Preliminary report on the development of the Leishman-Donovan body in the bed bug - Number 27
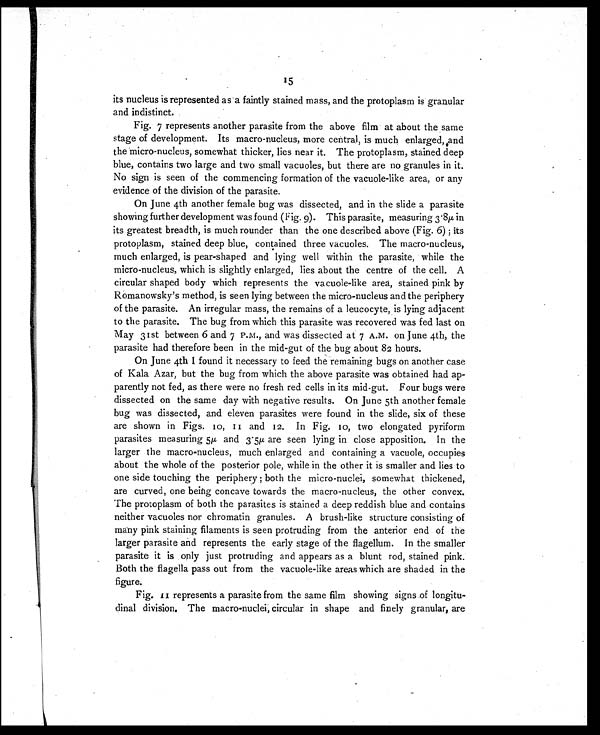
15
its nucleus is represented as a faintly stained mass, and the protoplasm is granular
and indistinct.
Fig. 7 represents another parasite from the above film at about the same
stage of development. Its macro-nucleus, more central, is much enlarged, and
the micro-nucleus, somewhat thicker, lies near it. The protoplasm, stained deep
blue, contains two large and two small vacuoles, but there are no granules in it.
No sign is seen of the commencing formation of the vacuole-like area, or any
evidence of the division of the parasite.
On June 4th another female bug was dissected, and in the slide a parasite
showing further development was found (Fig. 9). This parasite, measuring 3 . 8μ , in
its greatest breadth, is much rounder than the one described above (Fig. 6) ; its
protoplasm, stained deep blue, contained three vacuoles. The macro-nucleus,
much enlarged, is pear-shaped and lying well within the parasite, while the
micro-nucleus, which is slightly enlarged, lies about the centre of the cell. A
circular shaped body which represents the vacuole-like area, stained pink by
Romanowsky's method, is seen lying between the micro-nucleus and the periphery
of the parasite. An irregular mass, the remains of a leucocyte, is lying adjacent
to the parasite. The bug from which this parasite was recovered was fed last on
May 31st between 6 and 7 P.M., and was dissected at 7 A.M. on June 4th, the
parasite had therefore been in the mid-gut of the bug about 82 hours.
On June 4th I found it necessary to feed the remaining bugs on another case
of Kala Azar, but the bug from which the above parasite was obtained had ap-
parently not fed, as there were no fresh red cells in its mid-gut. Four bugs were
dissected on the same day with negative results. On June 5th another female
bug was dissected, and eleven parasites were found in the slide, six of these
are shown in Figs. 10, 11 and 12 . In Fig. 10, two elongated pyriform
parasites measuring 5μ and 3.5μ are seen lying in close apposition. In the
larger the macro-nucleus, much enlarged and containing a vacuole, occupies
about the whole of the posterior pole, while in the other it is smaller and lies to
one side touching the periphery ; both the micro-nuclei, somewhat thickened,
are curved, one being concave towards the macro-nucleus, the other convex.
The protoplasm of both the parasites is stained a deep reddish blue and contains
neither vacuoles nor chromatin granules. A brush-like structure consisting of
many pink staining filaments is seen protruding from the anterior end of the
larger parasite and represents the early stage of the flagellum. In the smaller
parasite it is only just protruding and appears as a blunt rod, stained pink.
Both the flagella pass out from the vacuole-like areas which are shaded in the
figure.
Fig. 11 represents a parasite from the same film showing signs of longitu
-dinal division. The macro-nuclei, circular in shape and finely granular, are